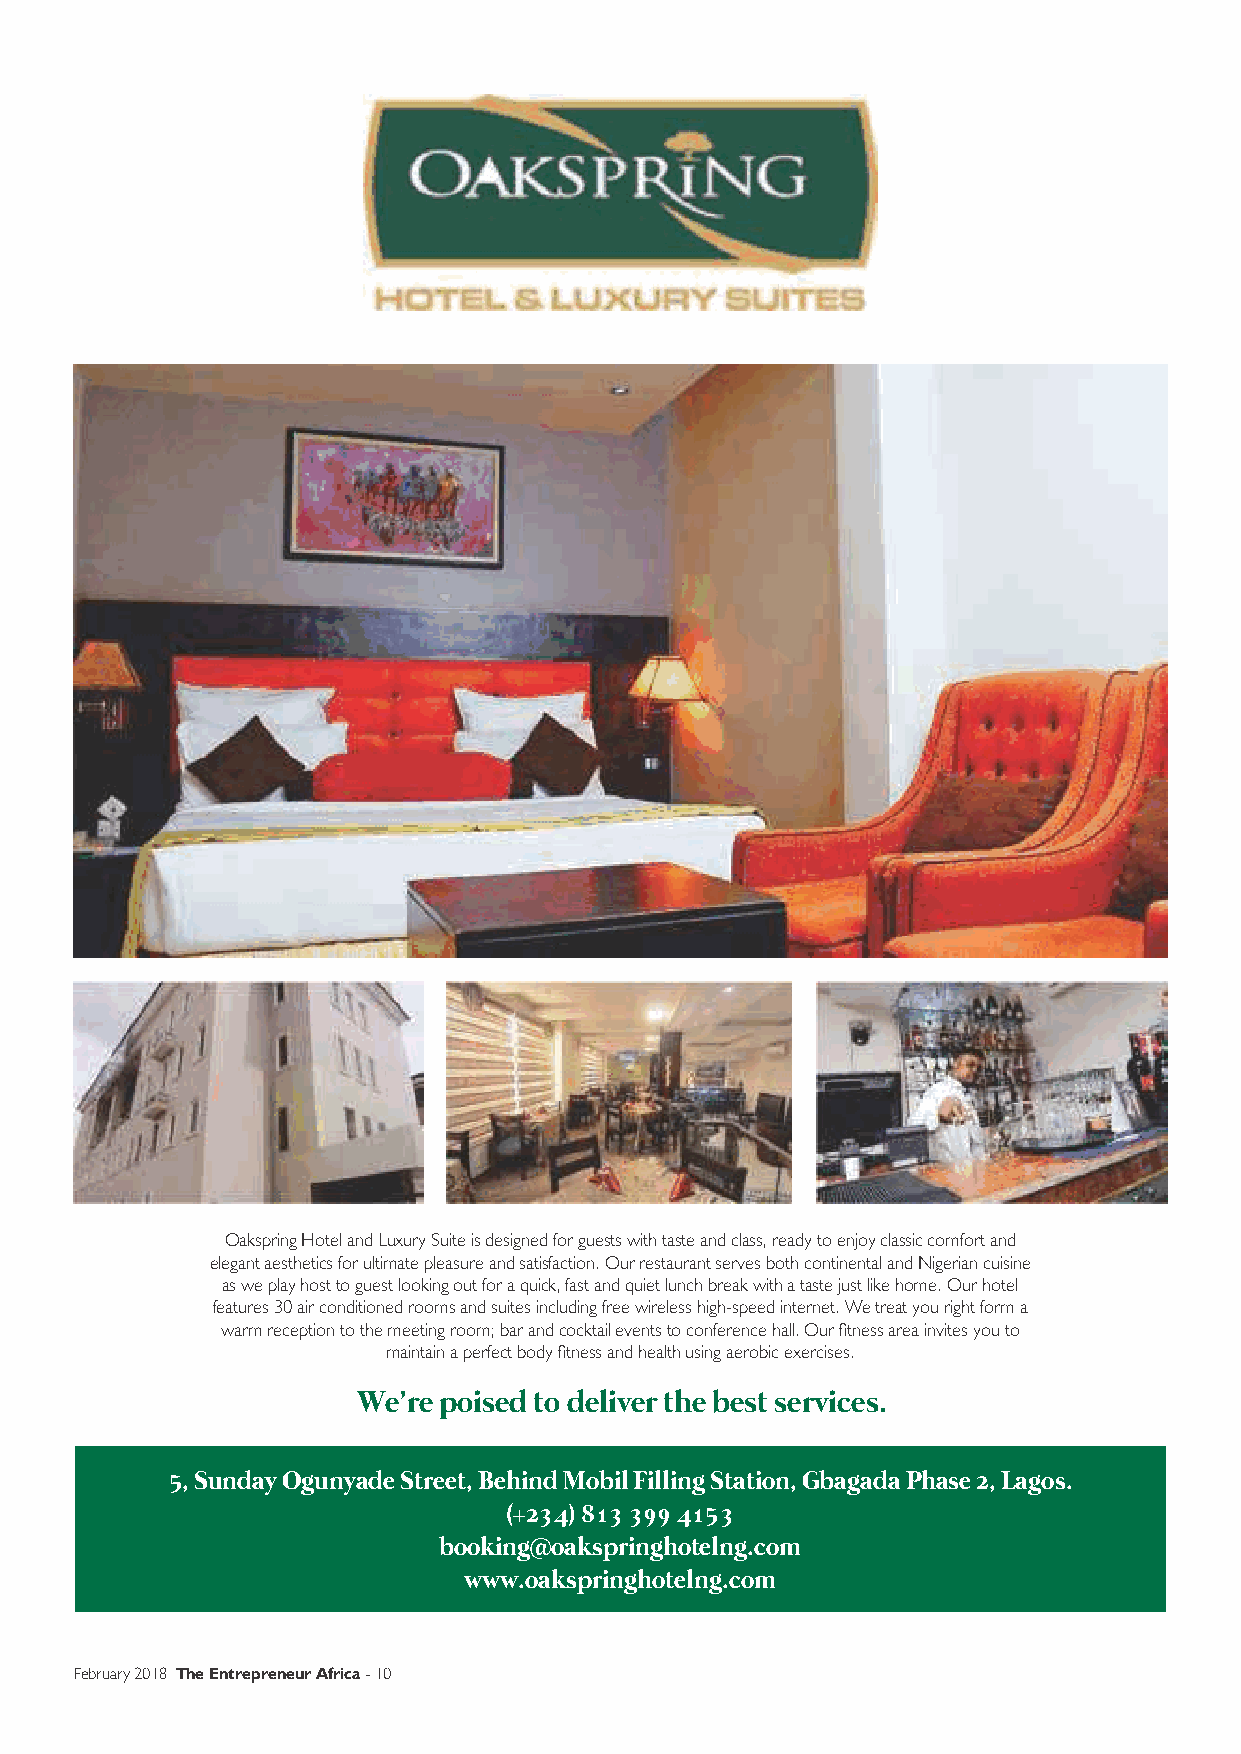
Cover Story
 Wemi               Jones
 Oakspring Hotel and Luxury Suite is designed for guests with taste and class, ready to enjoy classic comfort and
 elegant aesthetics for ultimate pleasure and satisfaction. Our restaurant serves both continental and Nigerian cuisine
 (fcib)
 as we play host to guest looking out for a quick, fast and quiet lunch break with a taste just like home. Our hotel
 features 30 air conditioned rooms and suites including free wireless high-speed internet. We treat you right form a
 warm reception to the meeting room; bar and cocktail events to conference hall. Our tness area invites you to
 maintain a perfect body tness and health using aerobic exercises.           Ex-Banker     Who   became    Nigeria's
 We’re poised to deliver the best services.                                          King  of  Events   Business
 NOW,   HE'S EMPOWERING    COMMUNITIES   THROUGH    FARMING
 5, Sunday Ogunyade Street, Behind Mobil Filling Station, Gbagada Phase 2, Lagos.
 (+234) 813 399 4153
 booking@oakspringhotelng.com                                                              By David Agu
 www.oakspringhotelng.com
 February 2018 The Entrepreneur Africa - 10                                                                                           11 - The Entrepreneur Africa February 2018